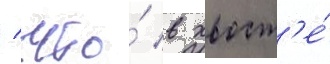
/ что́ в хвост'е́